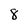
Character: 8